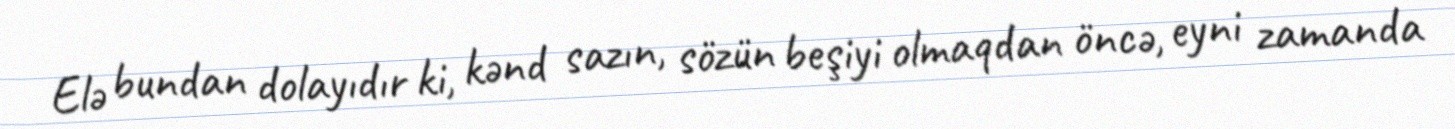
Elə bundan dolayıdır ki, kənd sazın, sözün beşiyi olmaqdan öncə, eyni zamanda